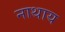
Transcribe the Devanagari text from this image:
नाथाय